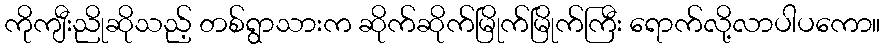
ကိုကျီးညိုဆိုသည့် တစ်ရွာသားက ဆိုက်ဆိုက်မြိုက်မြိုက်ကြီး ရောက်လို့လာပါပကော။